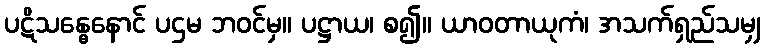
ပဋိသန္ဓေနောင် ပဌမ ဘဝင်မှ။ ပဋ္ဌာယ၊ စ၍။ ယာဝတာယုကံ၊ အသက်ရှည်သမျှ